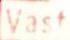
Vast